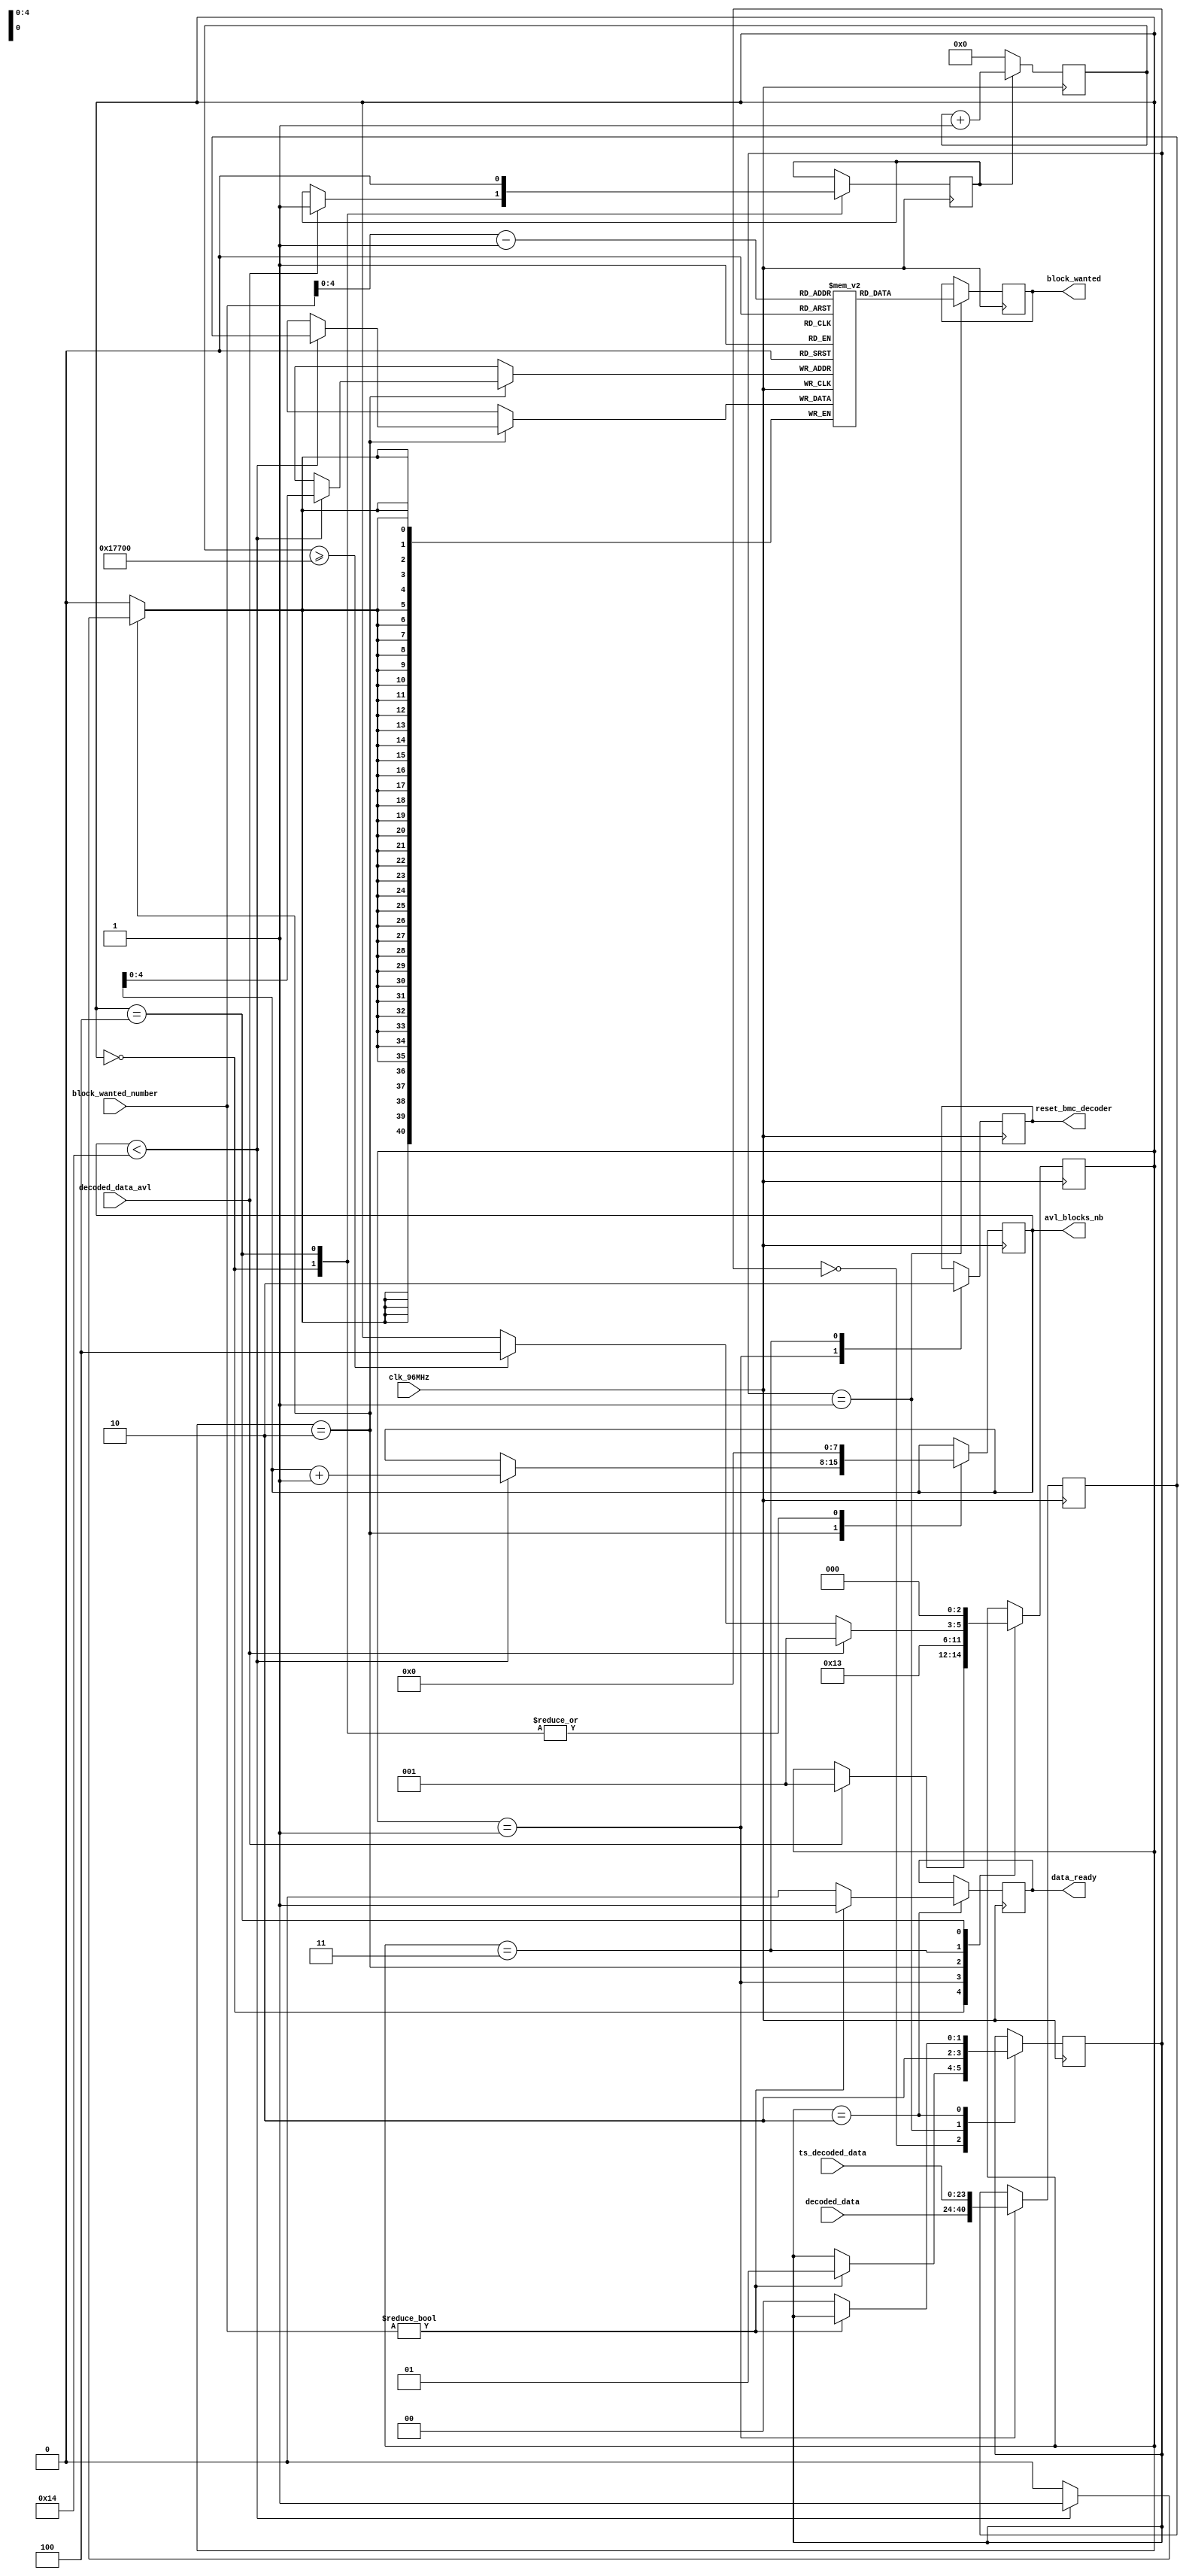
module ram_decoded (
  input wire clk_96MHz,
  input wire [16:0] decoded_data,
  input wire [23:0] ts_decoded_data,
  input wire decoded_data_avl,
  input wire [7:0] block_wanted_number,

  output reg [40:0] block_wanted,
  output reg data_ready,
  output reg reset_bmc_decoder,
  output reg [7:0] avl_blocks_nb
  );

parameter dump_ticks = 96000; //1ms in a 96MHz clock
parameter max_block_nb = 20;

reg [40:0] ram [max_block_nb-1:0]; //max_block_nb blocks of 41 bits

// first machine: storing data

localparam  IDLE1 = 0;
localparam  RESET_BMC_DECODER = 1;
localparam  STORE = 2;
localparam  WAIT_FOR_DUMP = 3;
localparam  DUMP = 4;

initial begin
  state_1 = IDLE1;
  block_to_store = 0;
  ena_counter = 0;
  counter = 0;
  state_2 = IDLE2;
  block_wanted = 0;
  data_ready = 0;
  reset_bmc_decoder = 0;
  avl_blocks_nb = 0;
end

reg [2:0] state_1 = IDLE1;
reg [40:0] block_to_store;
reg ena_counter;
reg [16:0] counter;

always @ (posedge clk_96MHz) begin
  if (ena_counter) begin
    counter <= counter + 1;
  end else begin
    counter <= 0;
  end
end

always @ (posedge clk_96MHz) begin
  case (state_1)

    IDLE1: begin
      if (decoded_data_avl) begin
        state_1 <= RESET_BMC_DECODER;
        ena_counter <= 1;
      end
      avl_blocks_nb = 0;
    end

    RESET_BMC_DECODER: begin
      block_to_store <= {decoded_data, ts_decoded_data};
      reset_bmc_decoder <= 1;
      state_1 <= STORE;
    end

    STORE: begin
      if (avl_blocks_nb < max_block_nb) begin
        ram[avl_blocks_nb] <= block_to_store;
        avl_blocks_nb <= avl_blocks_nb + 1;
      end
      state_1 <= WAIT_FOR_DUMP;
    end

    WAIT_FOR_DUMP: begin
      if (decoded_data_avl) begin
        state_1 <= RESET_BMC_DECODER;
      end else if (counter >= dump_ticks) begin
        state_1 <= DUMP;
      end
      reset_bmc_decoder <= 0;
    end

    DUMP: begin
      ena_counter <= 0;
      avl_blocks_nb <= 0;
      state_1 <= IDLE1;
    end
  endcase
end

//second machine: getting data

localparam  IDLE2 = 0;
localparam  FETCHING_DATA = 1;
localparam  DATA_READY = 2;

reg [1:0] state_2;

always @ (posedge clk_96MHz) begin
  case (state_2)
    IDLE2: begin
      if (block_wanted_number != 0) begin
        state_2 <= FETCHING_DATA;
      end
    end

    FETCHING_DATA: begin
      block_wanted <= ram[block_wanted_number - 1];
      state_2 <= DATA_READY;
    end

    DATA_READY: begin
      if (block_wanted_number != 0) begin
        data_ready <= 1;
      end else begin
        data_ready <= 0;
        state_2 <= IDLE2;
      end
    end
  endcase
end

endmodule